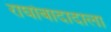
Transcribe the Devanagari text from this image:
राघोबादादाला